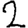
Digit: 2